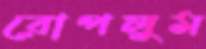
রোপলুম